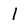
Character: 1